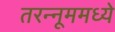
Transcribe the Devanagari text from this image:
तरन्नूममध्ये